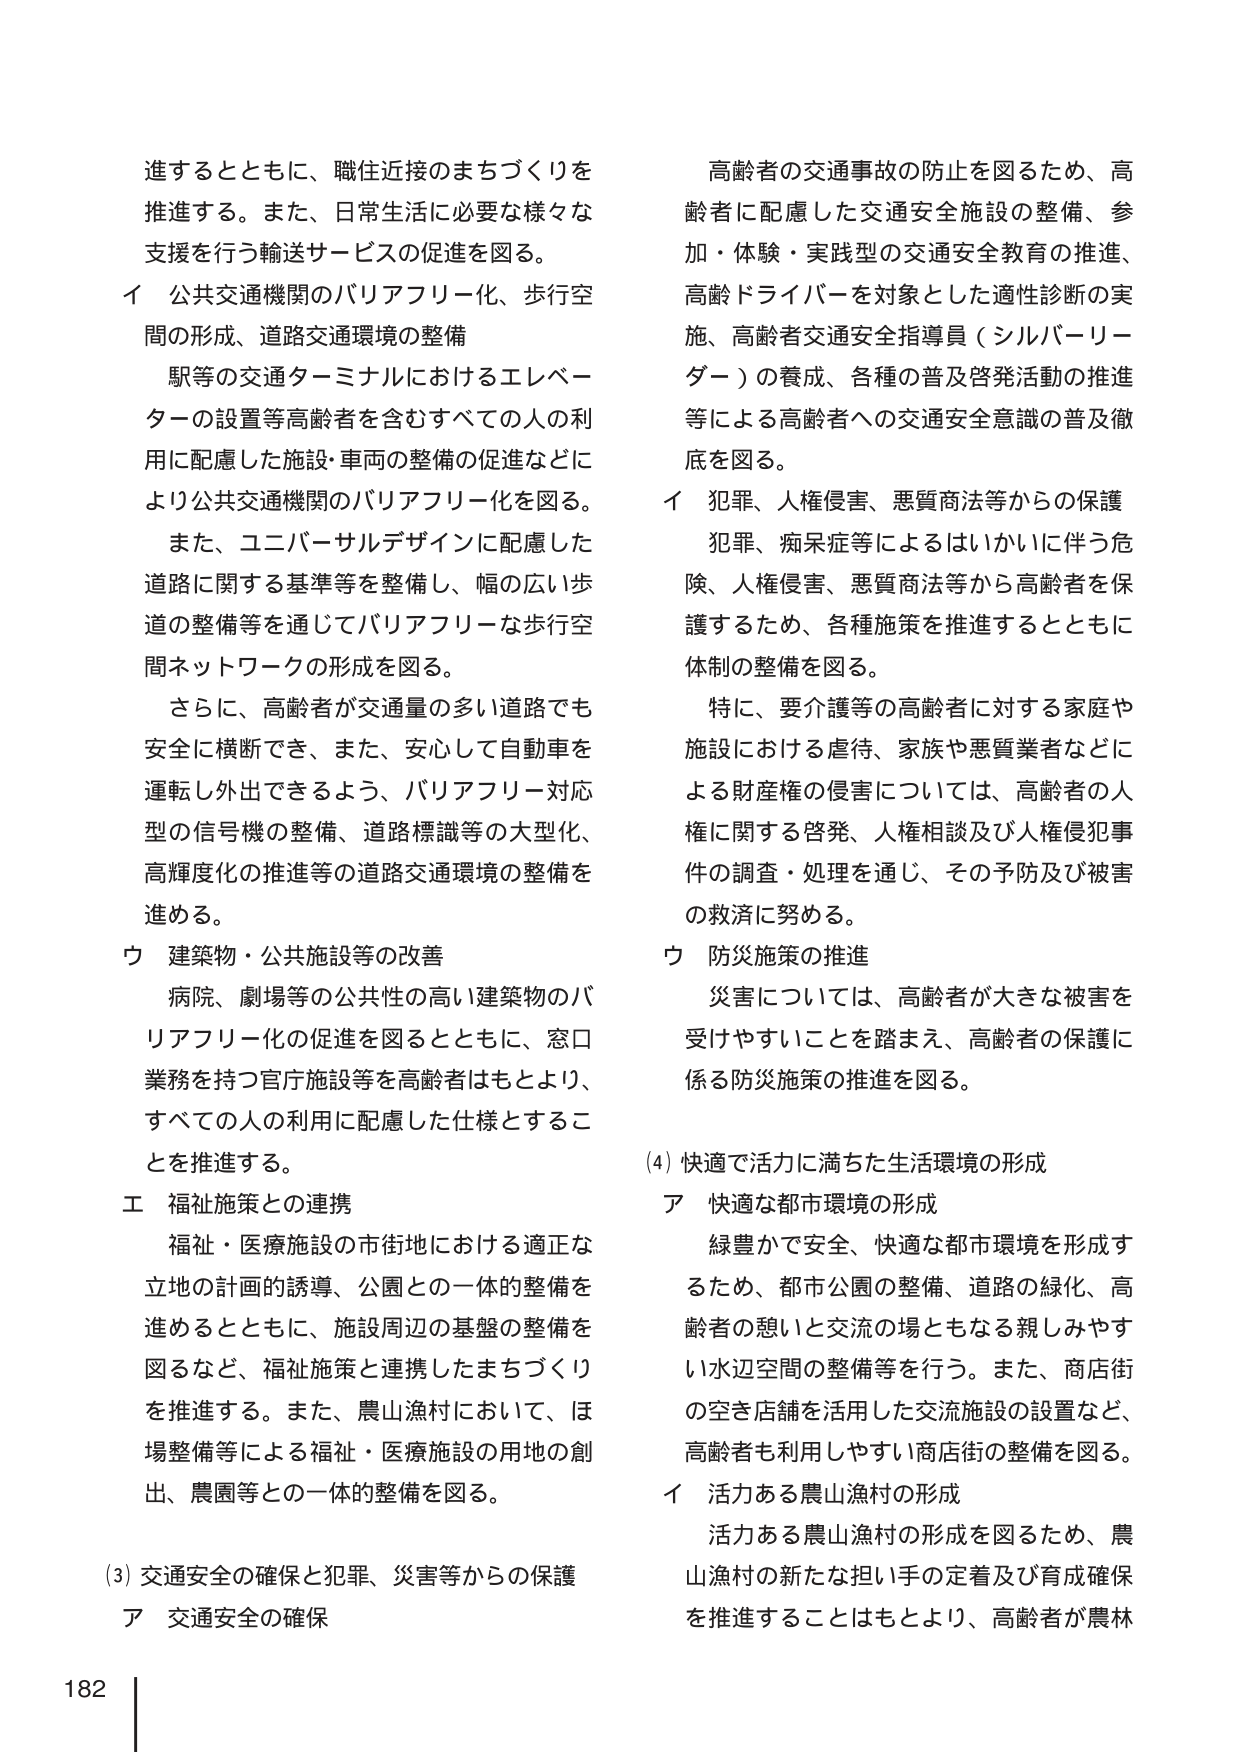
進するとともに、職住近接のまちづくりを
推進する。また、日常生活に必要な様々な
支援を行う輸送サービスの促進を図る。
イ 公共交通機関のバリアフリー化、歩行空
間の形成、道路交通環境の整備
駅等の交通ターミナルにおけるエレベー
ターの設置等高齢者を含むすべての人の利
用に配慮した施設・車両の整備の促進などに
より公共交通機関のバリアフリー化を図る。
また、ユニバーサルデザインに配慮した
道路に関する基準等を整備し、幅の広い歩
道の整備等を通じてバリアフリーな歩行空
間ネットワークの形成を図る。
さらに、高齢者が交通量の多い道路でも
安全に横断でき、また、安心して自動車を
運転し外出できるよう、バリアフリー対応
型の信号機の整備、道路標識等の大型化、
高輝度化の推進等の道路交通環境の整備を
進める。
ウ 建築物・公共施設等の改善
病院、劇場等の公共性の高い建築物のバ
リアフリー化の促進を図るとともに、窓口
業務を持つ官庁施設等を高齢者ももとより、
すべての人の利用に配慮した仕様とするこ
とを推進する。
エ 福祉施策との連携
福祉・医療施設の市街地における適正な
立地の計画的誘導、公園との一体的整備を
進めるとともに、施設周辺の基盤の整備を
図るなど、福祉施策と連携したまちづくり
を推進する。また、農山漁村において、ほ
場整備等による福祉・医療施設の用地の創
出、農園等との一体的整備を図る。
(3) 交通安全の確保と犯罪、災害等からの保護
ア 交通安全の確保
高齢者の交通事故の防止を図るため、高
齢者に配慮した交通安全施設の整備、参
加・体験・実践型の交通安全教育の推進、
高齢ドライバーを対象とした適性診断の実
施、高齢者交通安全指導員（シルバーリー
ダー）の養成、各種の普及啓発活動の推進
等による高齢者への交通安全意識の普及徹
底を図る。
イ 犯罪、人権侵害、悪質商法等からの保護
犯罪、痴呆症等によるはいかいに伴う危
険、人権侵害、悪質商法等から高齢者を保
護するため、各種施策を推進するとともに
体制の整備を図る。
特に、要介護等の高齢者に対する家庭や
施設における虐待、家族や悪質業者などに
よる財産権の侵害については、高齢者の人
権に関する啓発、人権相談及び人権侵害事
件の調査・処理を通じ、その予防及び被害
の救済に努める。
ウ 防災施策の推進
災害については、高齢者が大きな被害を
受けやすいことを踏まえ、高齢者の保護に
係る防災施策の推進を図る。
(4) 快適で活力に満ちた生活環境の形成
ア 快適な都市環境の形成
緑豊かで安全、快適な都市環境を形成す
るため、都市公園の整備、道路の緑化、高
齢者の憩いと交流の場ともなる親しみやす
い水辺空間の整備等を行う。また、商店街
の空き店舗を活用した交流施設の設置など、
高齢者も利用しやすい商店街の整備を図る。
イ 活力ある農山漁村の形成
活力ある農山漁村の形成を図るため、農
山漁村の新たな担い手の定着及び育成確保
を推進することはもとより、高齢者が農林
182